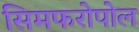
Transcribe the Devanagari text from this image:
सिमफरोपोल